Vaccination in Burma 1920-1933 - 1920-1933
Year: 1920
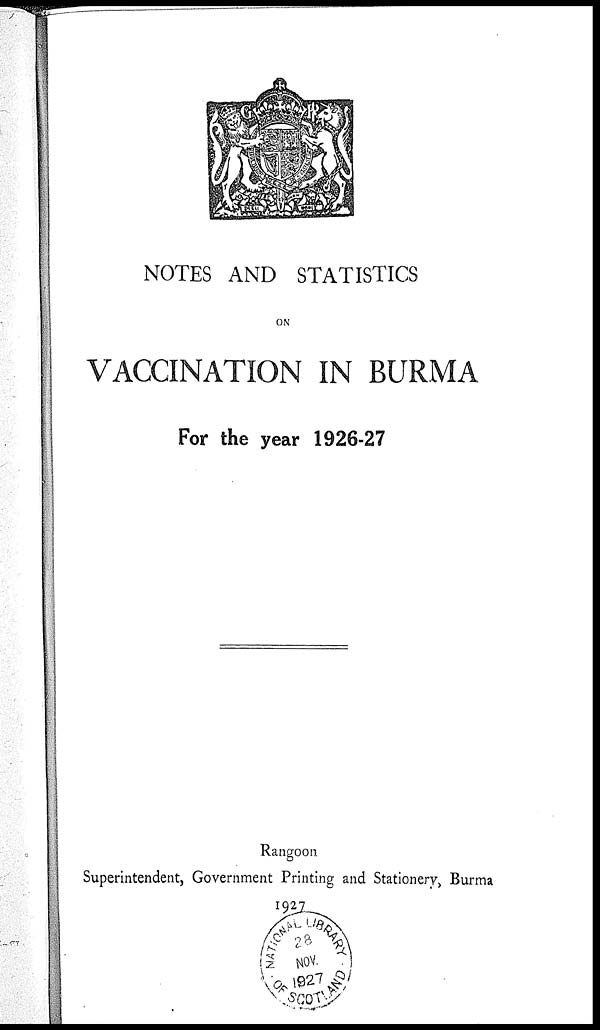
NOTES AND STATISTICS
ON
VACCINATION IN BURMA
For the year 1926-27
Rangoon
Superintendent, Government Printing and Stationery, Burma
1927